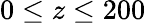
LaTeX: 0\le z\le 200